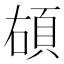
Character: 𩑲